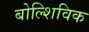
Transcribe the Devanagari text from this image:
बोल्शिविक